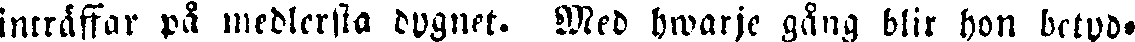
inträffar på medlersta dygnet. Med hwarje gång blir hon betyd-